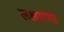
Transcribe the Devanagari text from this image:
लक्षमणा